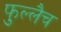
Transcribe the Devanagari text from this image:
फुल्लैच